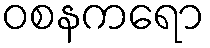
ဝစနကရော